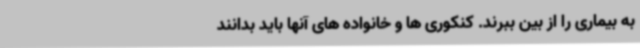
به بیماری را از بین ببرند. کنکوری ها و خانواده های آنها باید بدانند